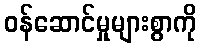
ဝန်ဆောင်မှုများစွာကို